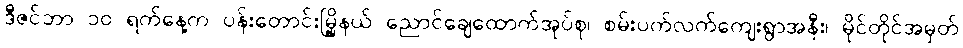
ဒီဇင်ဘာ ၁၀ ရက်နေ့က ပန်းတောင်းမြို့နယ် ညောင်ချေထောက်အုပ်စု၊ စမ်းပက်လက်ကျေးရွာအနီး၊ မိုင်တိုင်အမှတ်